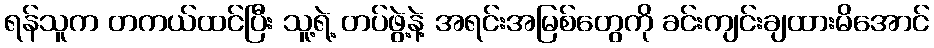
ရန်သူက တကယ်ထင်ပြီး သူ့ရဲ့ တပ်ဖွဲ့နဲ့ အရင်းအမြစ်တွေကို ခင်းကျင်းချထားမိအောင်